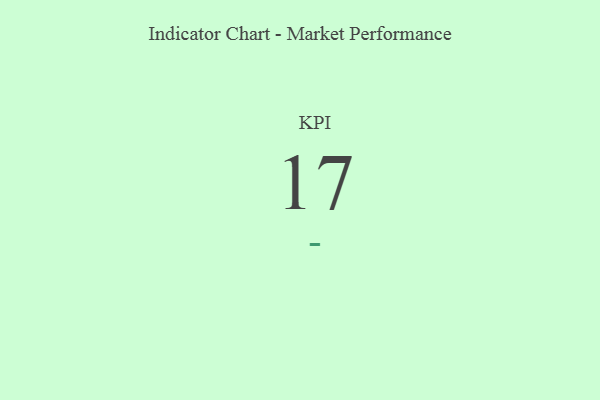
{"axis": {"x": "KPI", "y": "Value"}, "legend": [""], "data": [{"x": "KPI", "y": 17, "type": ""}]}